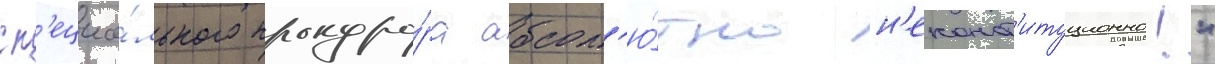
сп'ециа́льного прокуро́ра абсол'ю́тно н'еконст'итуционно!"